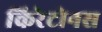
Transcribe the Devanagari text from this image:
किरेटोनस